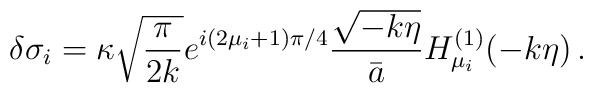
\delta\sigma_i = \kappa \sqrt{{\pi \over 2k}} e^{i(2\mu_i+1)\pi/4}{\sqrt{-k\eta} \over \bar{a}} H_{\mu_i}^{(1)}(-k\eta) \, .